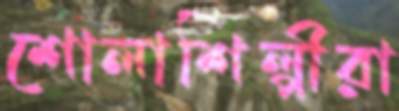
শোলাশিল্পীরা